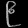
Digit: ၉